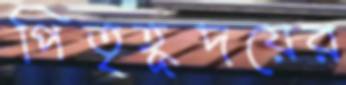
পিতৃহূদয়ের